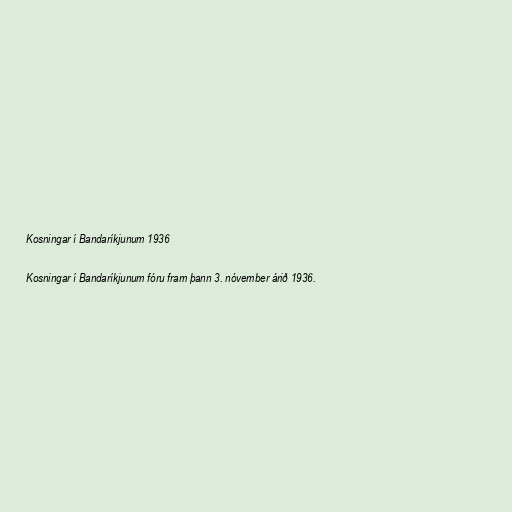
Kosningar í Bandaríkjunum 1936

Kosningar í Bandaríkjunum fóru fram þann 3. nóvember árið 1936.